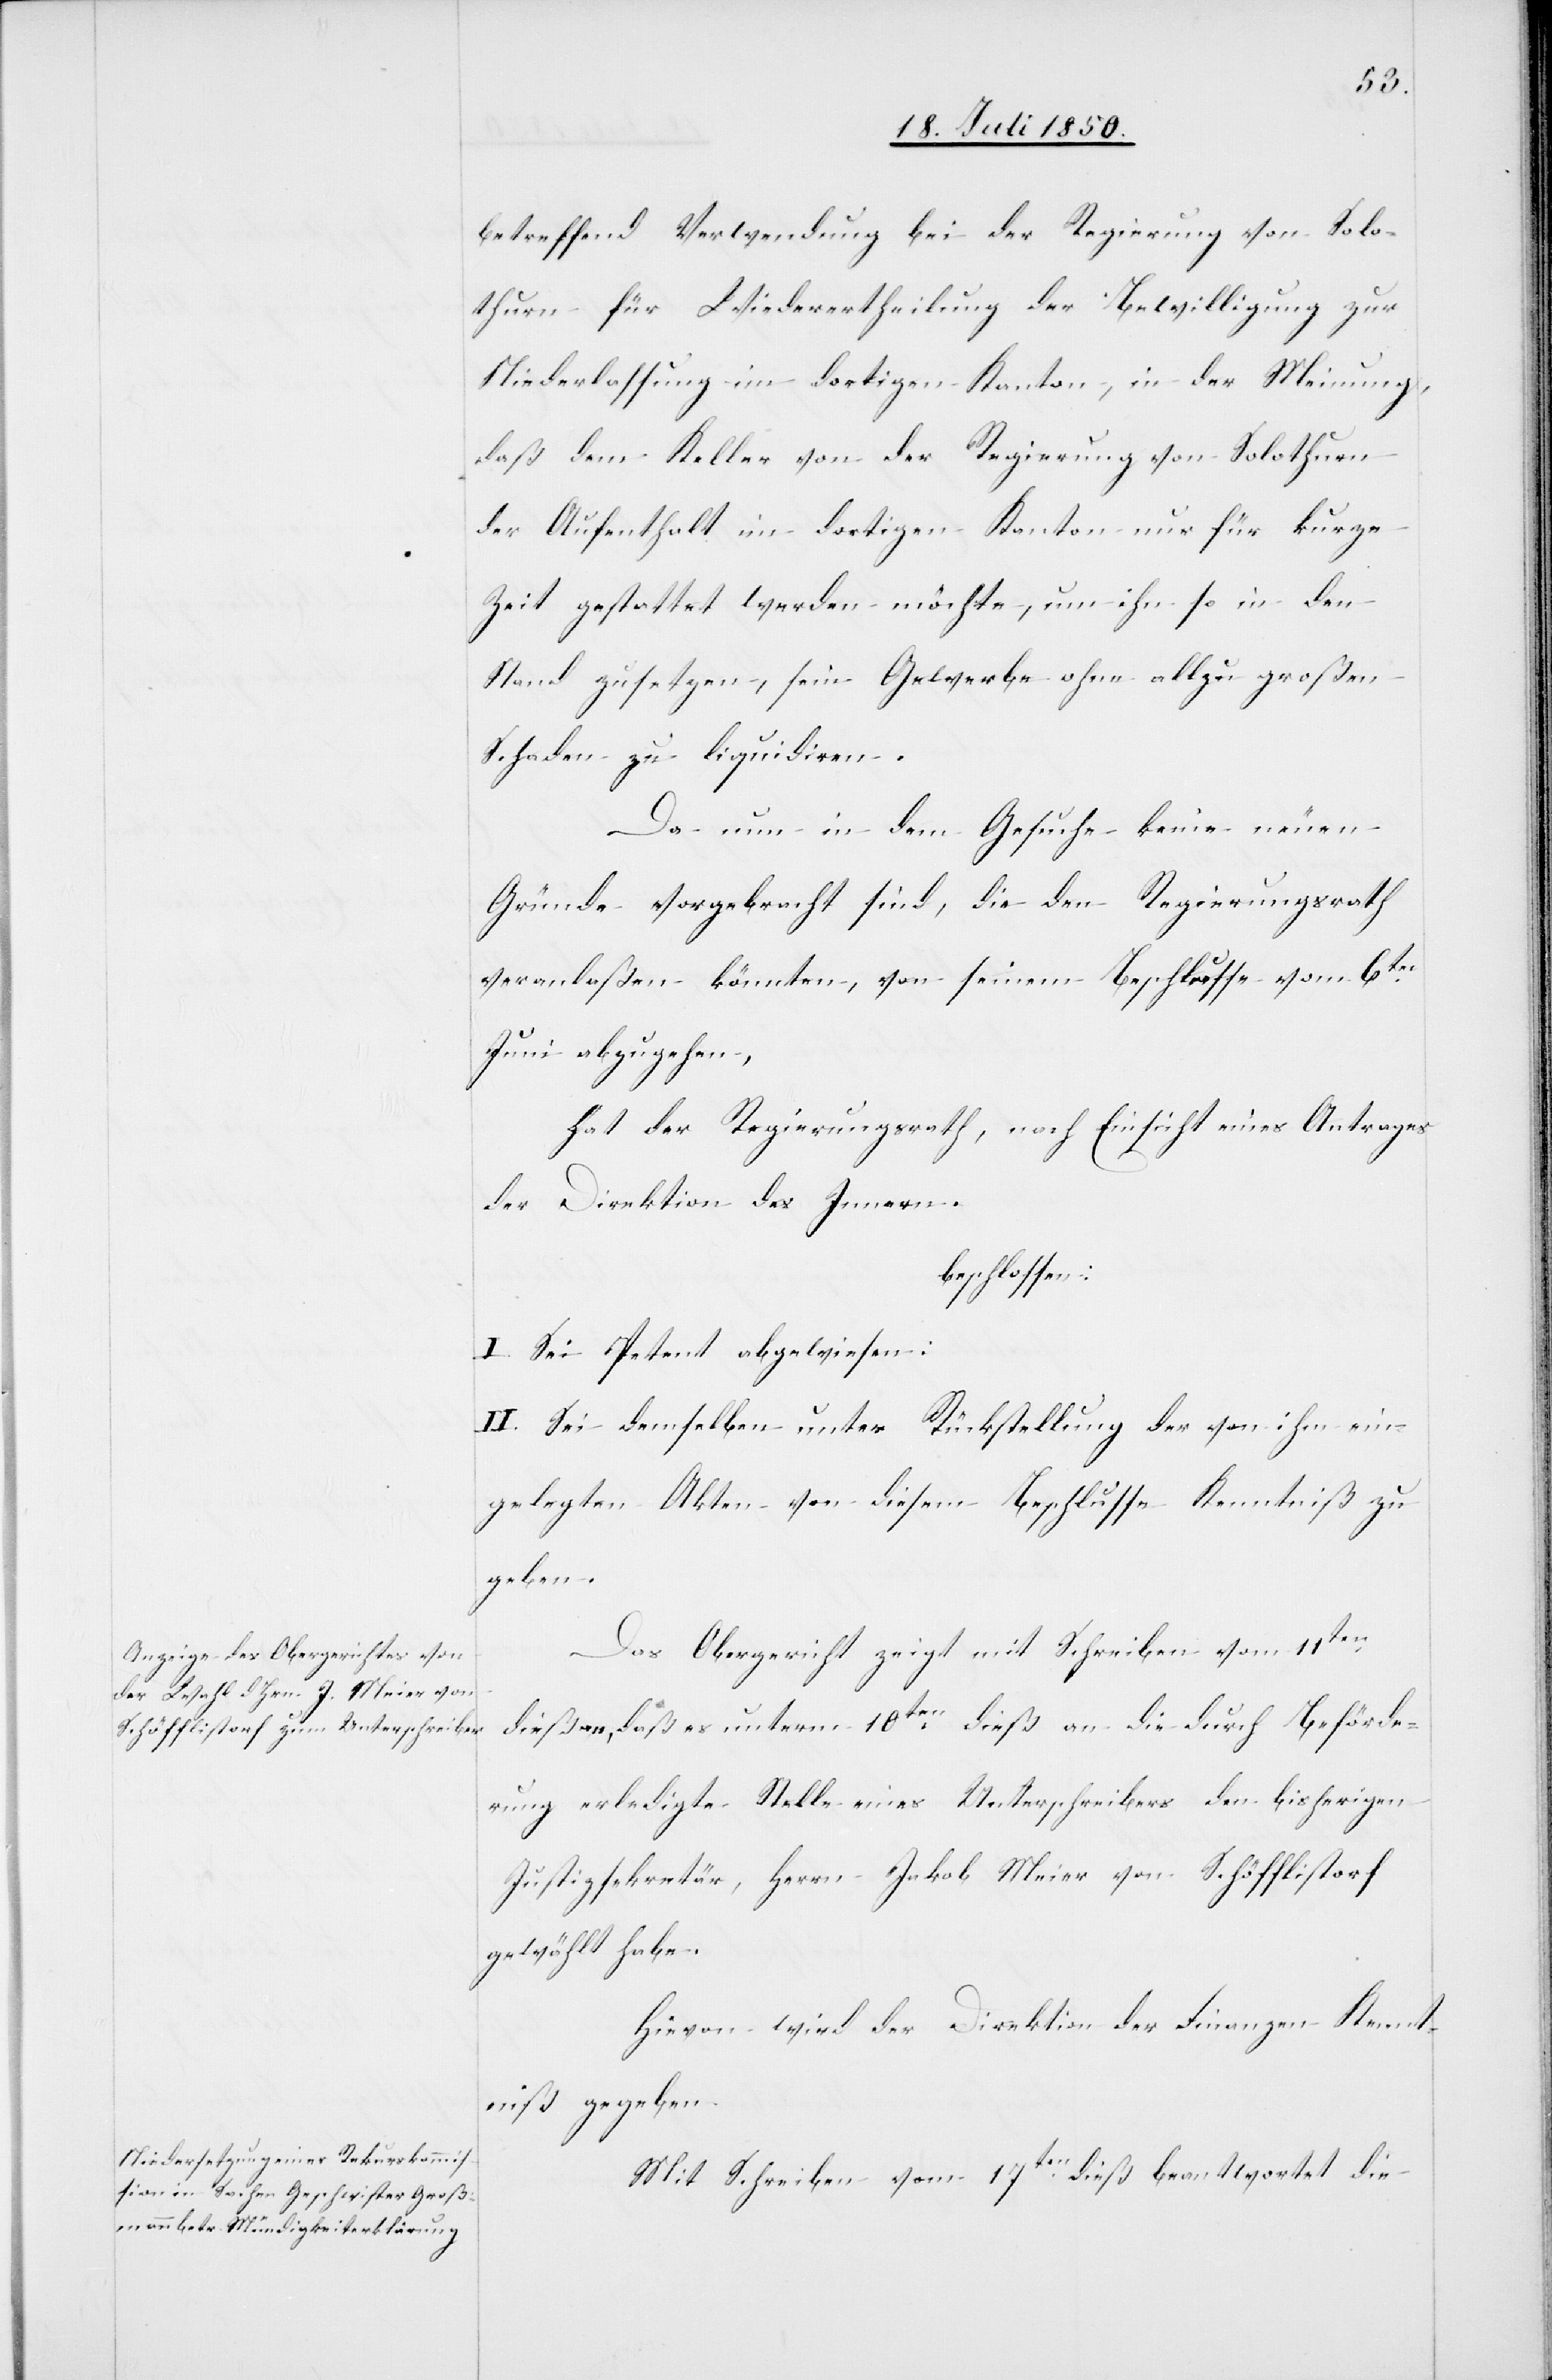
betreffend Verwendung bei der Regierung von Solo¬
thurn für Wiederertheilung der Bewilligung zur
Niederlassung im dortigen Kanton, in der Meinung,
daß dem Keller von der Regierung von Solothurn
der Aufenthalt im dortigen Kanton nur für kurze
Zeit gestattet werden möchte, um ihn so in den
Stand zusetzen, sein Gewerbe ohne allzu großen
Schaden zu liquidiren.
Da nun in dem Gesuche keine neuen
Gründe vorgebracht sind, die den Regierungsrath
veranlaßen könnten, von seinem Beschlusse vom 6ten
Juni abzugehen,
hat der Regierungsrath, nach Einsicht eines Antrages
der Direktion des Innern.
beschlossen.
I. Sei Petent abgewiesen:
II. Sei demselben unter Rückstellung der von ihm ein¬
gelegten Akten von diesem Beschlusse Kenntniß zu
geben.
Das Obergericht zeigt mit Schreiben vom 11ten
dieß an, daß es unterm 10ten dieß an die durch Beförde¬
rung erledigte Stelle eines Unterschreibers den bisherigen
Justizsekretär, Herrn Jakob Meier von Schöfflistorf
gewählt habe.
Hievon wird der Direktion der Finanzen Kennt¬
niß gegeben.
Mit Schreiben vom 17ten dieß beantwortet die